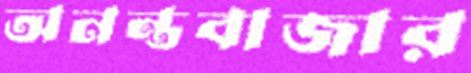
অনন্তবাজার